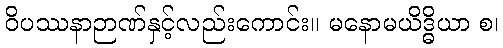
ဝိပဿနာဉာဏ်နှင့်လည်းကောင်း။ မနောမယိဒ္ဓိယာ စ၊